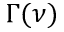
\Gamma ( \nu )